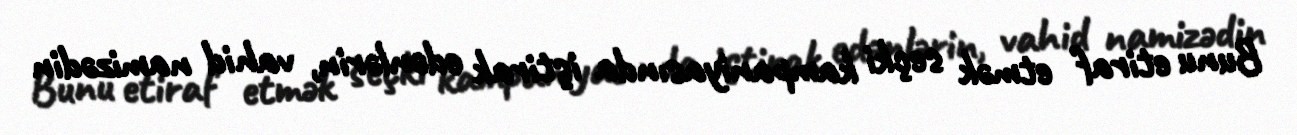
Bunu etiraf etmək seçki kampaniyasında iştirak edənlərin, vahid namizədin